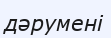
дәрумені